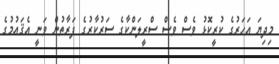
މިދިޔަ އަހަރުގެ ކުރީކޮޅު ވެސް ވެސް ސްރީލަންކާގެ ސަރުކާރުގެ ފަރާތުން ވަނީ އެޤައުމުގެ